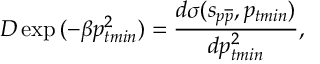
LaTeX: D \exp { ( - \beta p _ { t m i n } ^ { 2 } ) } = \frac { d \sigma ( s _ { p \overline { { { p } } } } , p _ { t m i n } ) } { d p _ { t m i n } ^ { 2 } } ,